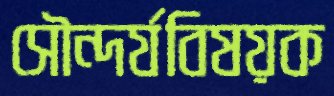
সৌন্দর্যবিষয়ক